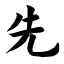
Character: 先